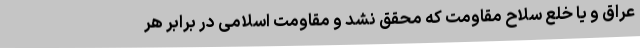
عراق و یا خلع سلاح مقاومت که محقق نشد و مقاومت اسلامی در برابر هر